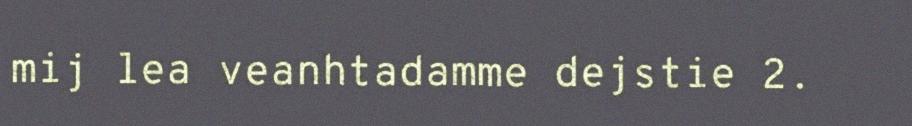
mij lea veanhtadamme dejstie 2.